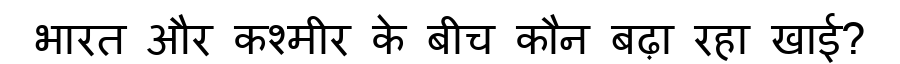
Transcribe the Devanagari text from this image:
भारत और कश्मीर के बीच कौन बढ़ा रहा खाई?